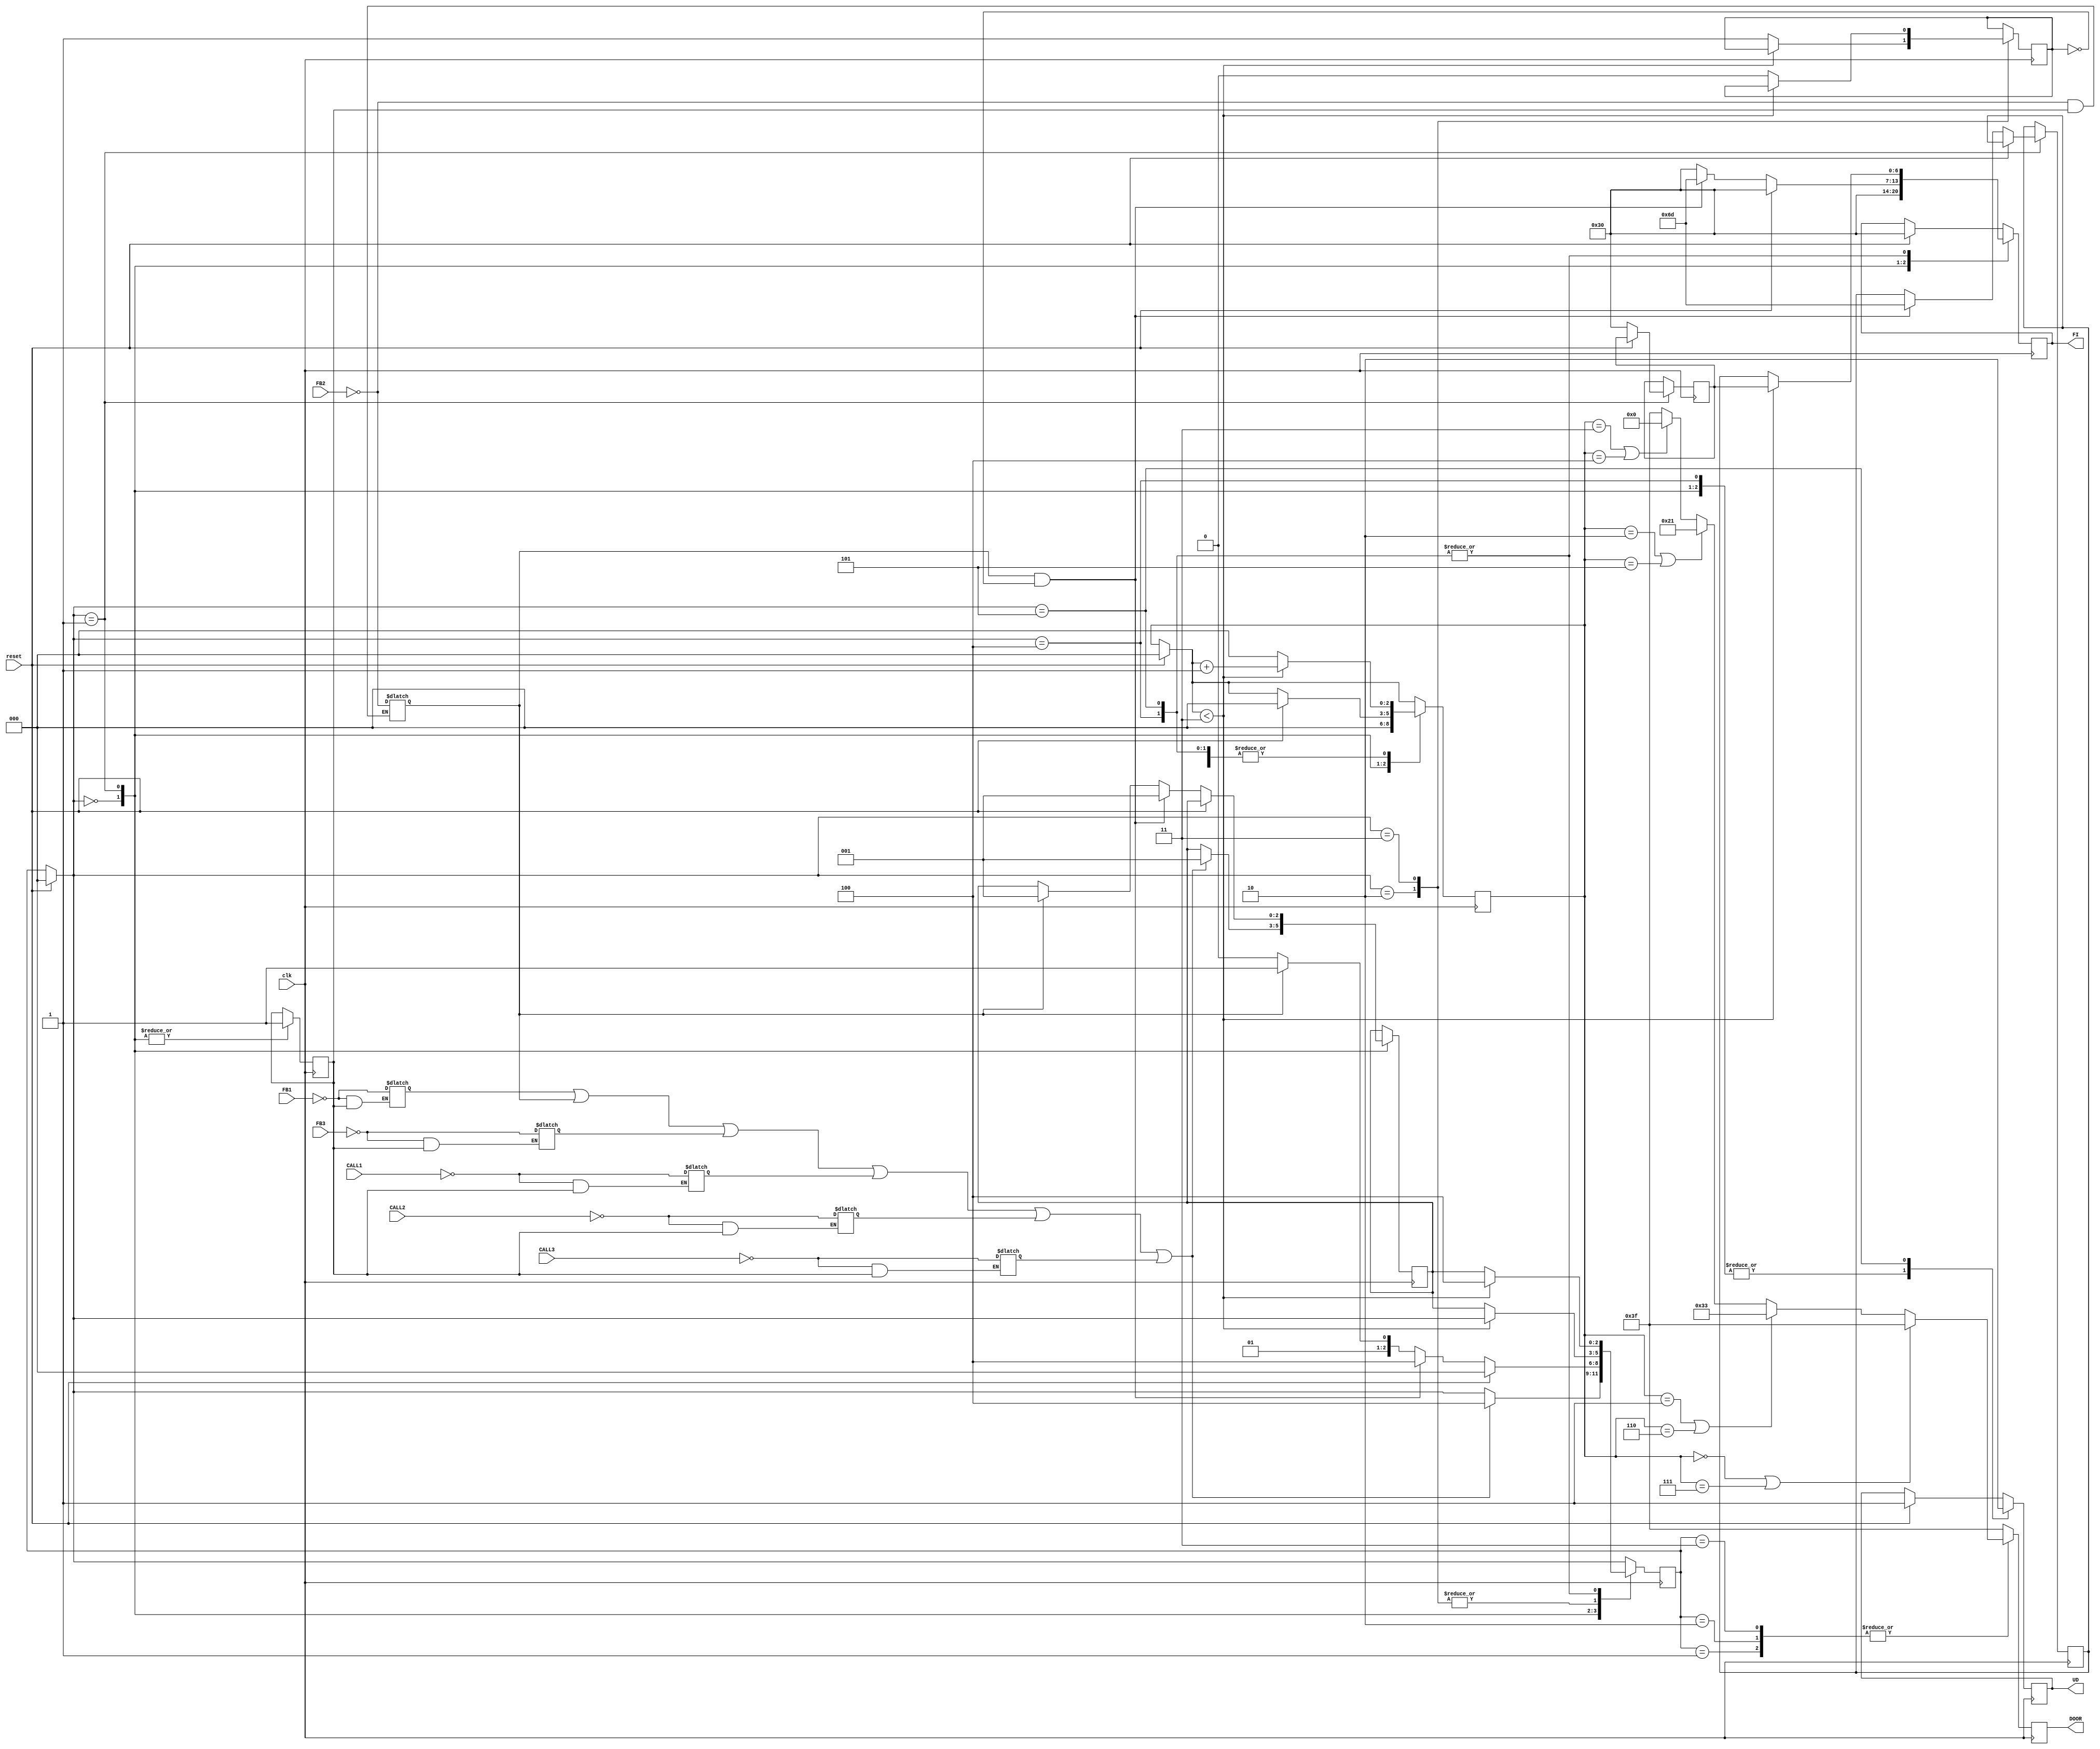



module elevator ( clk, reset, FB1, FB2, FB3, CALL1, CALL2, CALL3,
					DOOR, FI, UD  );
	
	input clk, reset, FB1, FB2, FB3, CALL1, CALL2, CALL3;
	output UD;
	output [5:0] DOOR;
	output [7:1] FI;
	reg UD, CD, ClsdDor, resetout, read;	//CD = Close Door, move = go up a floor
	reg [5:0] DOOR;
	reg [7:1] FI, nextFI, prevFI;
	reg [2:0] state, prevstate, nextstate ;
	reg [2:0] count, prevcount, countup;
	reg [3:1] fb, call;


	parameter S0 = 3'b000, S1 = 3'b001, S2 = 3'b010, S3 = 3'b011, 
				S4 = 3'b100, S5 = 3'b101, S6 = 3'b110, S7 = 3'b111 ;
	parameter N0 = 3'b000, N1 = 3'b001, N2 = 3'b010, N3 = 3'b011, N4 = 3'b100, N5 = 3'b101;
	parameter disp1 = 7'b0110000, disp2 = 7'b1101101, disp3 = 7'b1101101;
	parameter close = 6'b111111, open1 = 6'b110011, open2 = 6'b100001, open3 = 6'b000000;

always @ (FB1 or FB2 or  FB3 or CALL1 or CALL2 or CALL3)
	begin
		if (~FB1 && read)
			fb[1] = ~FB1 ;
		else
			fb[1] = fb[1] ;

		if (~FB2 && read)
			fb[2] = ~FB2;
		else
			fb[2] = fb[2] ;

		if (~FB3 && read)
			fb[3] = ~FB3;
		else
			fb[3] = fb[3] ;


		if (~CALL1 && read)
			call[1] = ~CALL1;
		else
			call[1] = call[1];

		if (~CALL2 && read)
			call[2] = ~CALL2;
		else
			call[2] = call[2];

		if (~CALL3 && read)
			call[3] = ~CALL3;
		else
			call[3] = call[3];

	end


always @ (posedge clk)
	begin

		prevstate = state;
		prevcount = count;

		if (reset)
			begin
				state = S0;
				UD = N1;
				FI =disp1;
				count = N0;
			end



		case (state)
				S0 :	//init
						begin
							read = N1;
							if ( fb[1] || fb[1] || fb[2] || fb[3] ||
									call[1] ||	call[2] || call[3] )
							begin
								state = S4;
								nextstate = S1;
								UD = 1'b1;
								count = 0;
								FI = disp1;
							end
		
							else
							begin
								state = state;
								UD = 1'b1;
								count = 0;
								FI = disp1;
							end
						end


				S1 :	//idle
						begin
							read = N1;
						

							if (reset)
							begin
								state = S0;
								UD = N1;
								FI =disp1;
								count = N0;
							end

							else
							begin

								UD = N1;
								FI =disp1;
								state = S2;
								if (fb[2])
								begin
									state = S3;
									nextstate = S1;
								end

							prevFI = disp1;

							if (fb[2] && ~CD)
							begin
								state = S4;
								nextstate = S1;
								nextFI = disp2;
								FI = disp2;
							end

							end
						end



				S2:		//open
						begin
							if (count < 3)
								begin
									count = count + 1;
									state = state;
								end

							else
								begin
									count = 0;
									state = nextstate ;
									CD = 1'b1;
								end
						end


				S3:		//close
						begin
							if (count < 3)
								begin
									count = count + 1;
									state = state;
								end

								else
									begin
										count = 0;
										state = nextstate ;
										CD = 1'b0;
									end


						end


						
				S4:		//up
						begin
						if (count < 3)
						begin
							count = count + 1;
							UD = 1'b1;
							state = S4;
							FI = prevFI;
						end
					
						else
						begin
							count = 0;
							UD = 1'b1;
							state = nextstate;
							FI = nextFI;
						end
						end

				S5:		//down
					begin
					if (count < 3)
						begin
							count = count + 1;
							UD = 1'b0;
							state = S4;
							FI = prevFI;
						end
					
						else
						begin
							count = 0;
							UD = 1'b0;
							state = nextstate;
							FI = nextFI;
						end
					end
		endcase

						

		case (prevstate)
				S1 : begin
						if (prevcount == 0 || prevcount == 7)
							DOOR = close;
						else if (prevcount == 1 || prevcount == 6)
							DOOR = open1;
						else if (prevcount == 2 || prevcount == 5)
							DOOR = open2;
						else if (prevcount == 3 || prevcount == 4)
							DOOR = open3;
						else
							DOOR = close;
					end
		
				S2 : begin
						if (prevcount == 0 ||prevcount == 7)
							DOOR = close;
						else if (prevcount == 1 || prevcount == 6)
							DOOR = open1;
						else if (prevcount == 2 || prevcount == 5)
							DOOR = open2;
						else if (prevcount == 3 || prevcount == 4)
							DOOR = open3;
						else
							DOOR = close;
					end

				S3 : begin
						if (prevcount == 0 || prevcount == 7)
							DOOR = close;
						else if (prevcount == 1 || prevcount == 6)
							DOOR = open1;
						else if (prevcount == 2 || prevcount == 5)
							DOOR = open2;
						else if (prevcount == 3 || prevcount == 4)
							DOOR = open3;
						else
							DOOR = close;
					end

				default : DOOR = close;
			endcase 

	end


endmodule